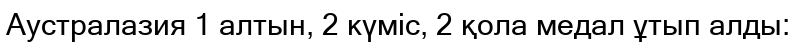
Аустралазия 1 алтын, 2 күміс, 2 қола медал ұтып алды: